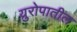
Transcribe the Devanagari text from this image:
य्रुरोपातील